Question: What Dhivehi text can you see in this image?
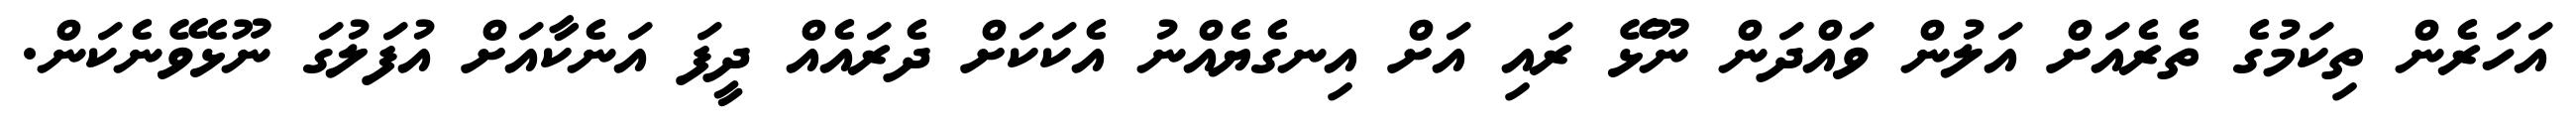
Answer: އަހަރެން ތިކަމުގެ ތެރެއަށް އަލުން ވައްދަން ނޫޅޭ ރައި އަށް އިނގެޔެއްނު އެކަކަށް ދެރައެއް ދީފަ އަނެކާއަށް އުފަލުގަ ނޫޅެވޭނެކަން.